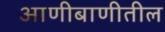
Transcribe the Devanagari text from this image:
आणीबाणीतील